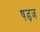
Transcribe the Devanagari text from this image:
षड़ज